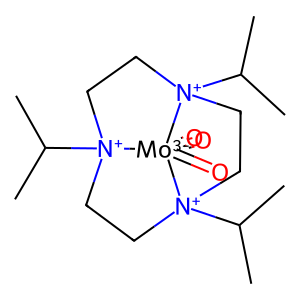
SMILES: CC(C)[N+]12CC[N+]3(C(C)C)CC[N+](C(C)C)(CC1)[Mo-3]23(=O)(=O)=O
Inhibits HIV replication: No